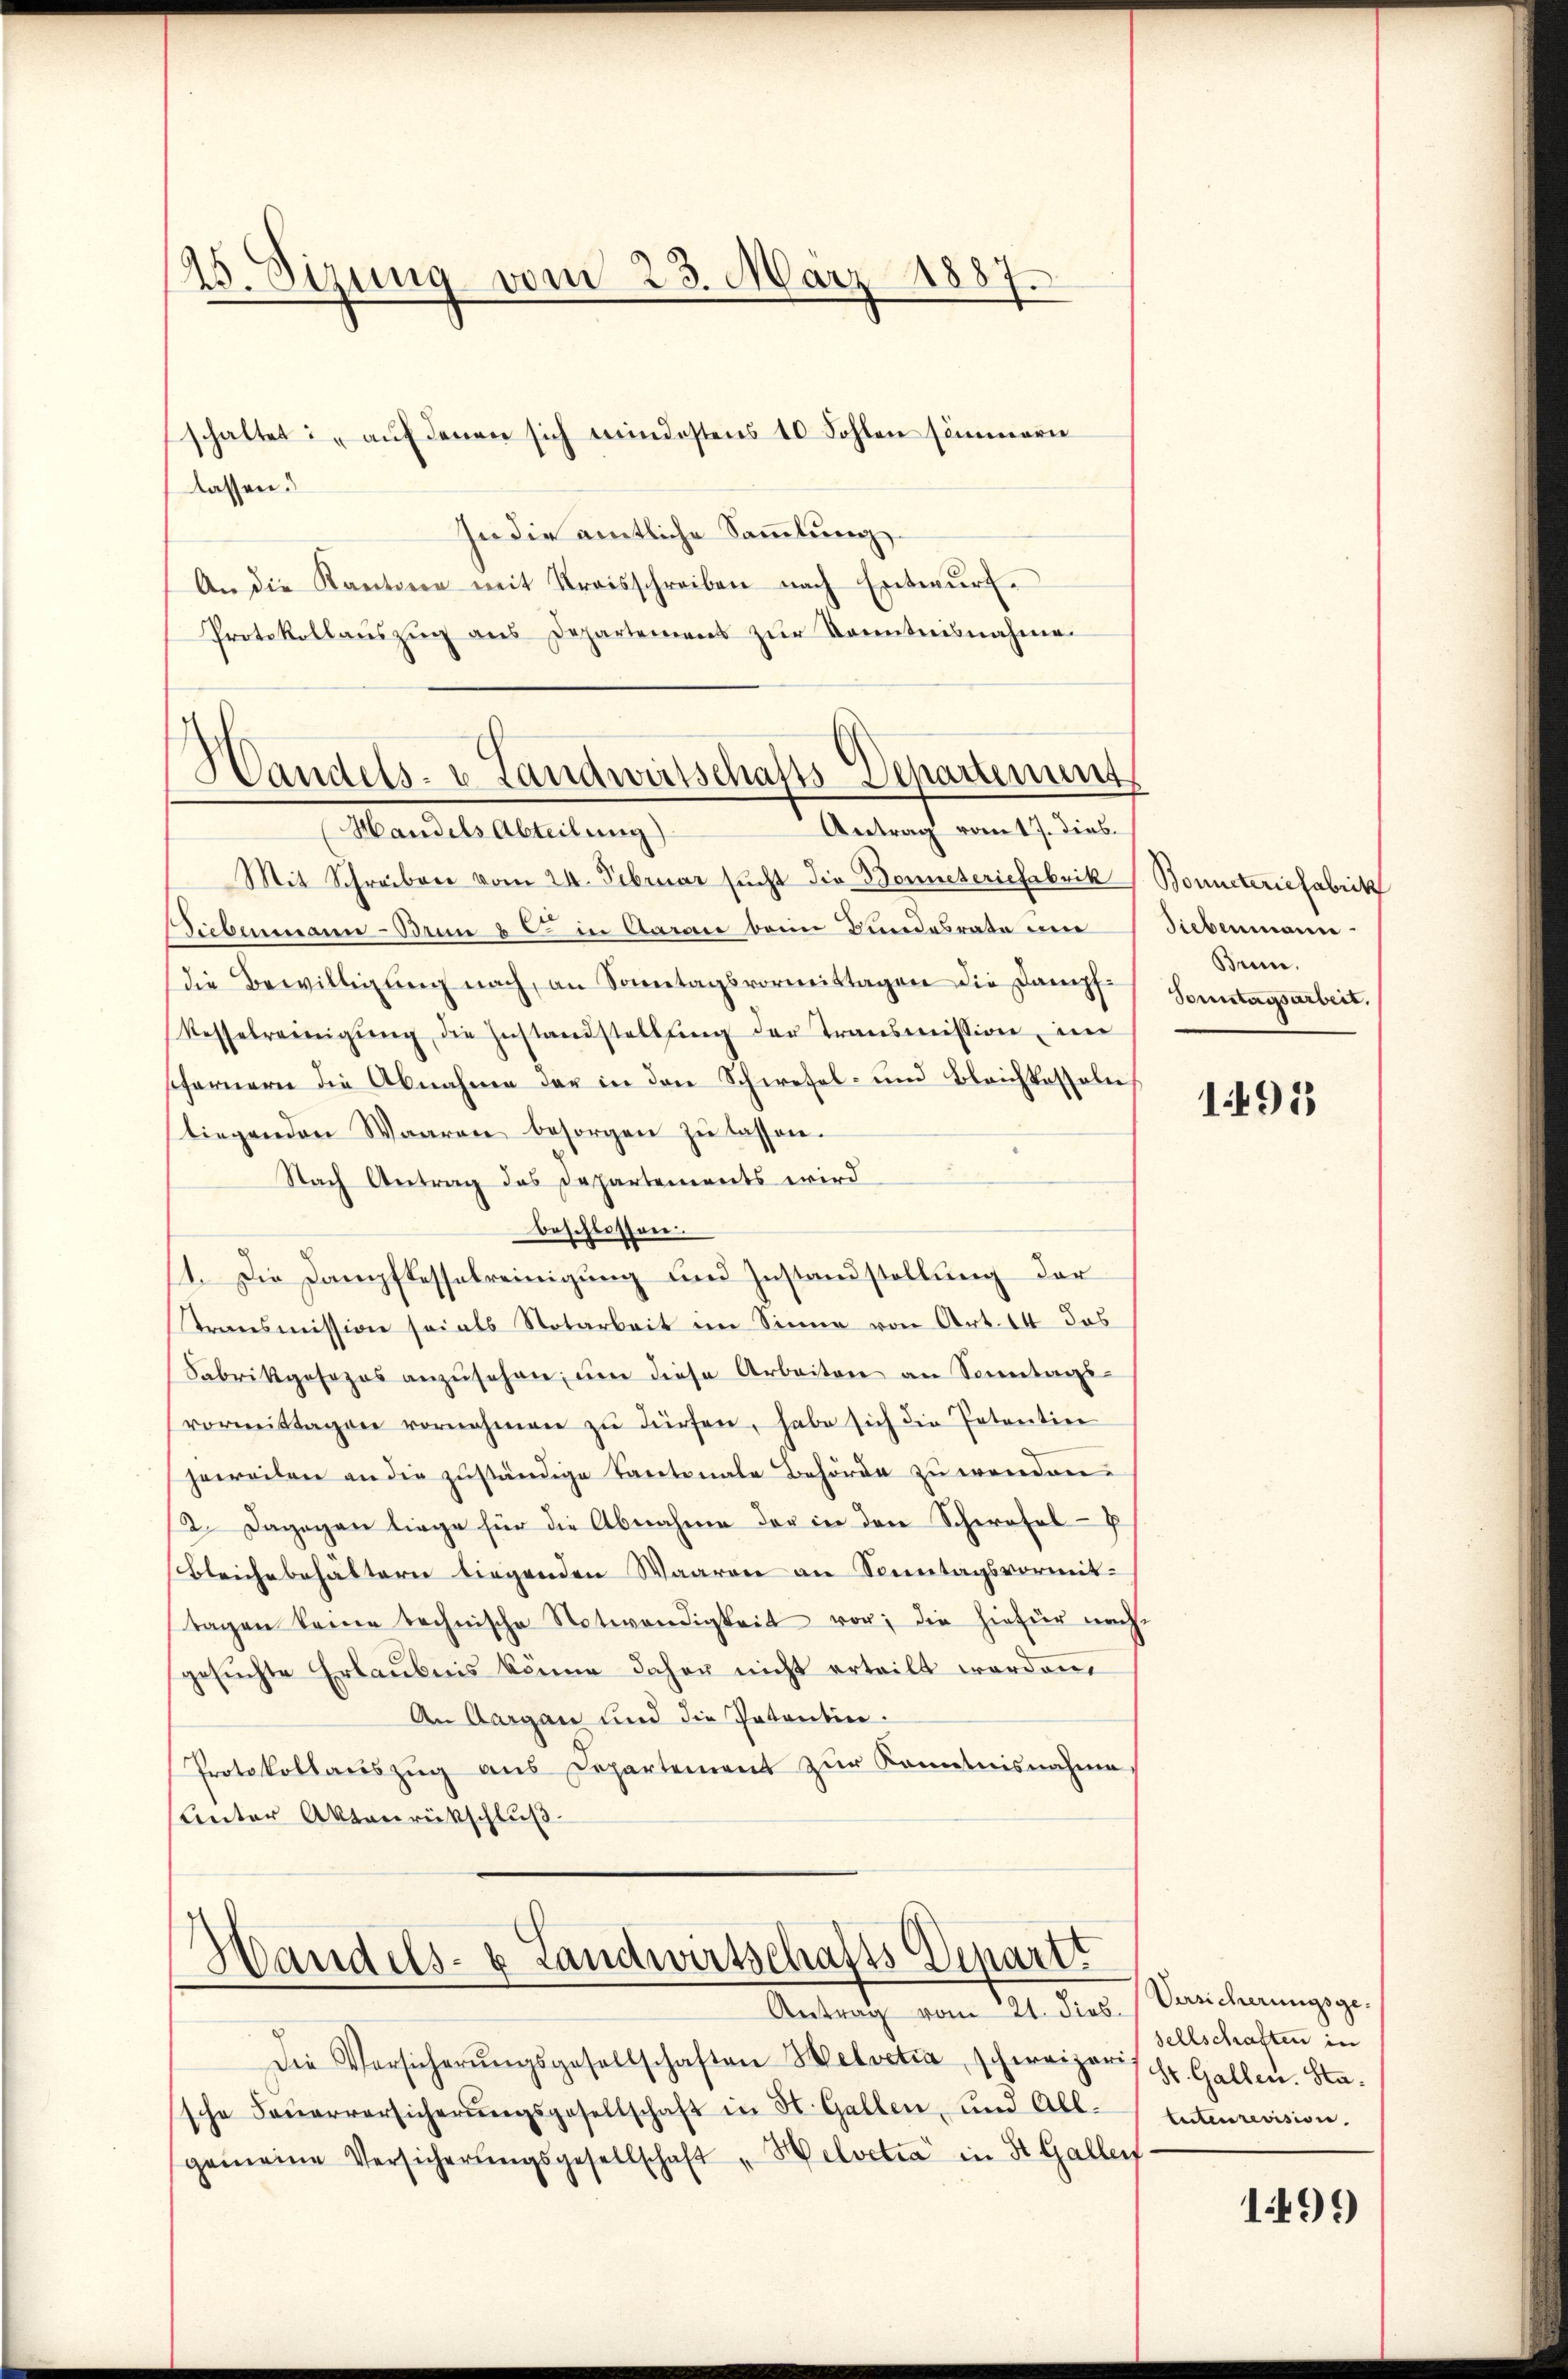
25. Sizung vom 23. März 1887.

lassen.
In die amtliche Sammlung
An die Kantone mit Kreisschreiben nach Entwŭrf.
Protokollaŭszŭg ans Departement zŭr Kenntnisnahme.

schaltet: "aŭf denen sich mindestens 10 Fohlen sömmern

Handels- u Landwirtschafts-Departement
Antrag vom 17. dies¬
Mandels Abteilung)

Mit Schreiben vom 24. Februar sucht die Benneteriefabrik Bonneteriefabrik
Siebenmann - Bu 8 C in Aarau beim Bundesrate um
die Bewilligŭng nach, an Sonntagsvormittagen die Dampf-
Kesselreinigŭng die Instandstellŭng der Transmission im
sofernern die Abnahme der in den Schwefel- und Bleichkesseln
liegenden Waaren besorgen zŭ lassen.
Nach Antrag das Departements wird
beschlossen.
11. Die Dampftesselreinigung und Zustandstellung der
Transmission sei als Notarbeit im Sinne von Art. 14 das
Fabrikgesezes anzŭsehen, um diese Arbeiten an Sonntagi
vormittagen vornehmen zŭ dürfen, habe sich die Patentier
jeweilen an die zuständige Kantonale Behörde zu wenden.
2. Dagegen liege für die Abnahme der in den Schwefel-P
Bleichebehältern liegenden Waaren an Sonntagsvormittagen keine technische Notwendigkeit von die hiefür nach-
gesuchte Erlaubnis könne daher nicht erteilt worden,
An Aargau und die Patentin.
Protokollaŭszŭg aŭs Departement zŭr Kenntnisnahme
Unter Aktenrückschluß

Handels- & Landwirtschafts Departt
Antrag vom 21. dies

Siebenmann.
Brin.
Sonntagsarbeit.

Die Versicherŭngsgesellschaften Helvetia, schweizerischt. Gallen. Stasche Feŭerversicherŭngsgesellschaft in St. Gallen und All-Entenrevision.
gemeine Versicherŭngsgesellschaft "Helvetia" in St. Gallen

1495

Versicherungsgesellschaften in

199